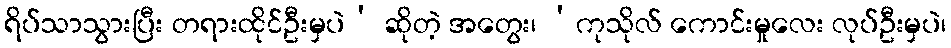
ရိပ်သာသွားပြီး တရားထိုင်ဦးမှပဲ’ ဆိုတဲ့ အတွေး၊ ‘ကုသိုလ် ကောင်းမှုလေး လုပ်ဦးမှပဲ၊